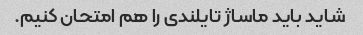
شاید باید ماساژ تایلندی را هم امتحان کنیم.